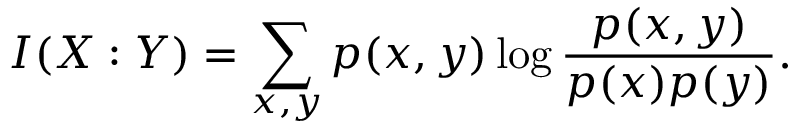
I ( X : Y ) = \sum _ { x , y } p ( x , y ) \log { \frac { p ( x , y ) } { p ( x ) p ( y ) } } .